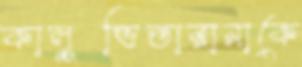
কালুভিতারানাকে